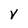
Character: V